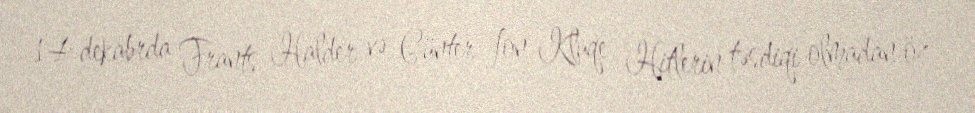
14 dekabrda Frants Halder və Günter fon Kluqe Hitlerin təsdiqi olmadan öz